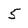
Character: 5